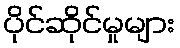
ပိုင်ဆိုင်မှုများ